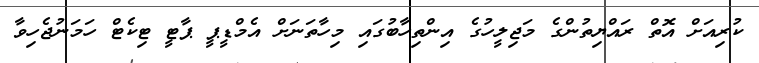
ކުރިއަށް އޮތް ރައްޔިތުންގެ މަޖިލީހުގެ އިންތިހާބުގައި މިހާތަނަށް އެމްޑީޕީ ޕާޓީ ޓިކެޓް ހަމަނުޖެހިވާ